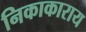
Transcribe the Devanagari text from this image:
निकाकाराय